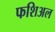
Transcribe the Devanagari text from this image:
फशिअल